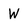
Character: W